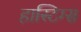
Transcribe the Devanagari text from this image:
हास्टिग्स